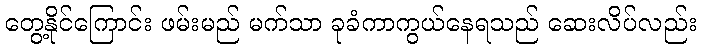
တွေ့နိုင်ကြောင်း ဖမ်းမည် မက်သာ ခုခံကာကွယ်နေရသည် ဆေးလိပ်လည်း